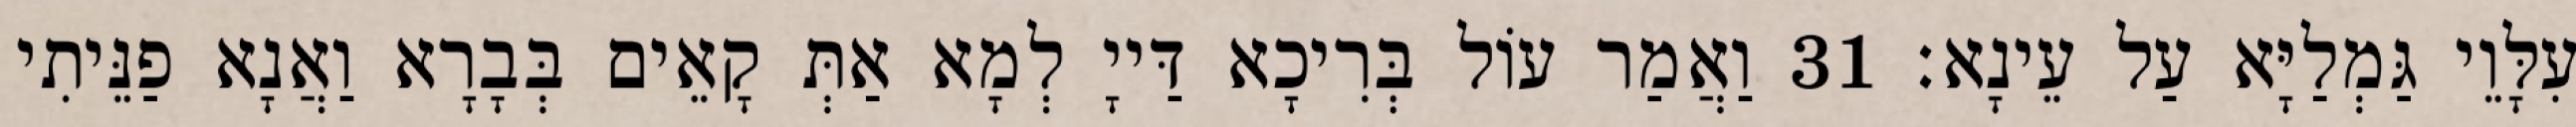
עִלָּוֵי גַּמְלַיָּא עַל עֵינָא׃ 31 וַאֲמַר עוֹל בְּרִיכָא דַּייָ לְמָא אַתְּ קָאֵים בְּבָרָא וַאֲנָא פַנֵּיתִי